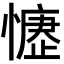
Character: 𢡒